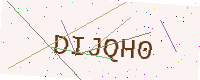
Text: DIJQH0